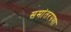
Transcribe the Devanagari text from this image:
समांतरपणा